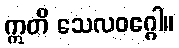
ဣတိ သေလဝဂ္ဂေါ။